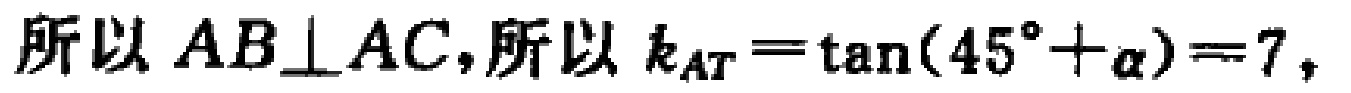
所以 \(AB\perp AC\)，所以 \(k_{AT}=\tan(45^{\circ}+\alpha)=7\)，